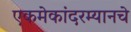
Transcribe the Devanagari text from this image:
एकमेकांदरम्यानचे